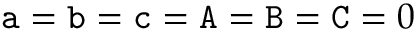
\mathtt { a } = \mathtt { b } = \mathtt { c } = \mathtt { A } = \mathtt { B } = \mathtt { C } = 0